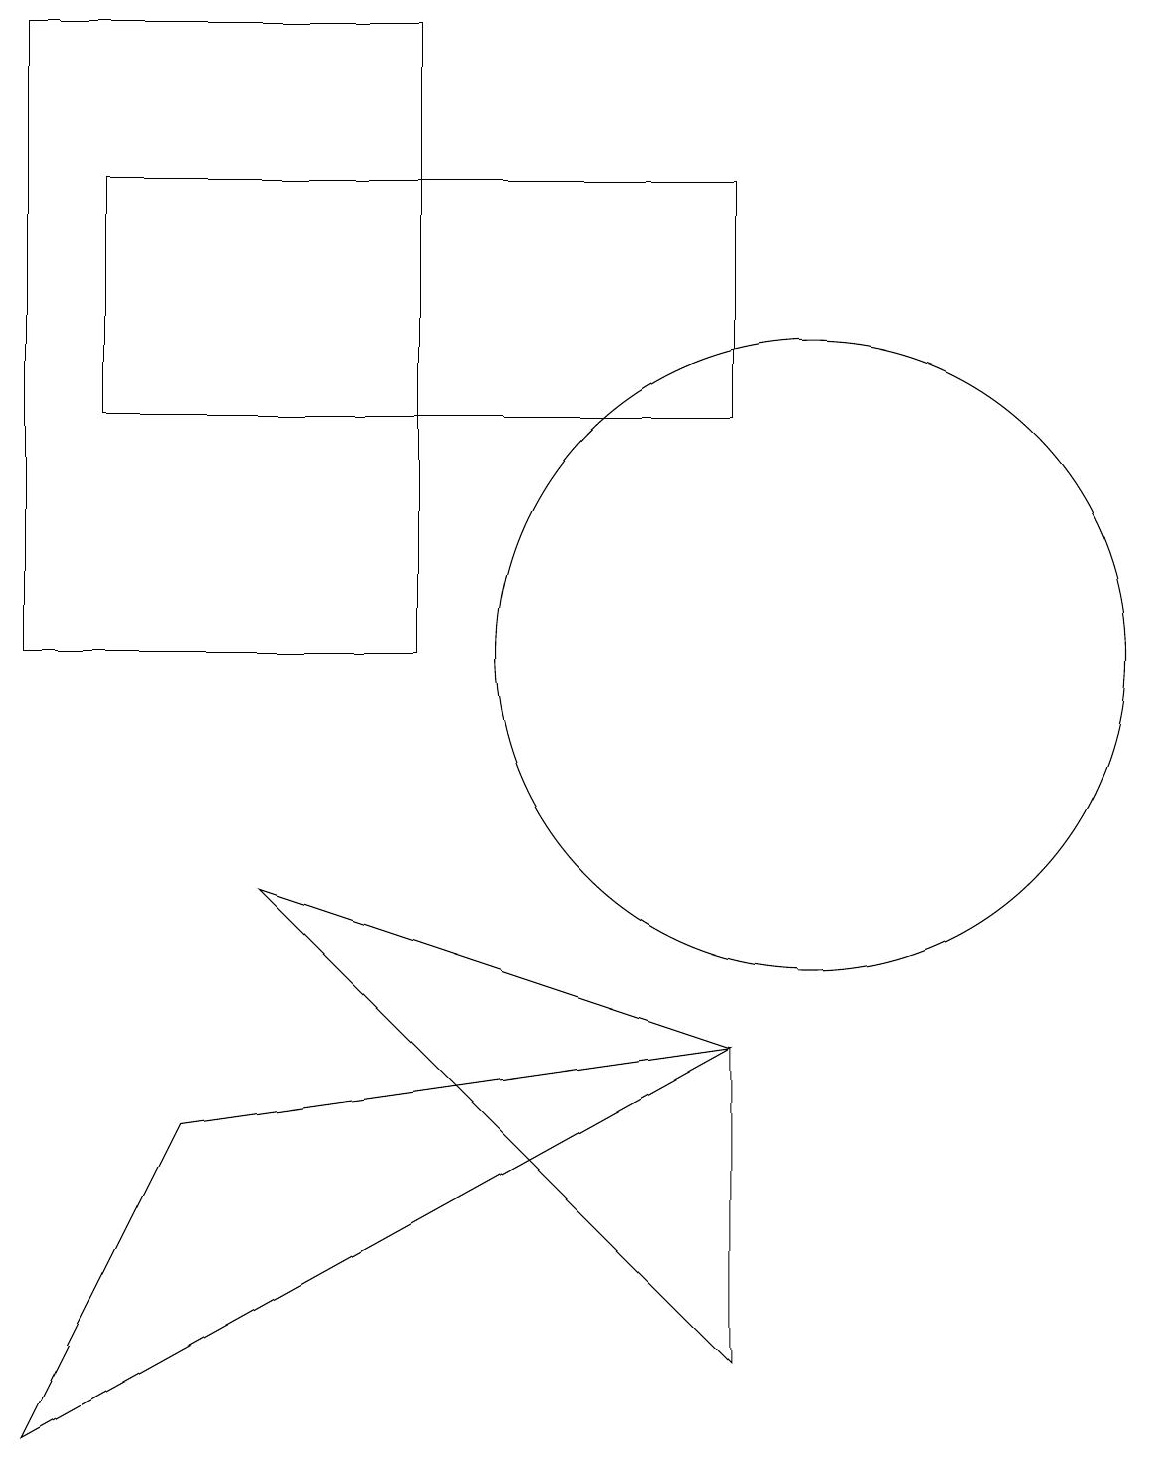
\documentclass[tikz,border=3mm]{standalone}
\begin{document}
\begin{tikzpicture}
\draw (9,13) rectangle (1,16);
\draw (0,10) rectangle (5,18);
\draw (9,1) -- (3,7) -- (9,5) -- cycle;
\draw (10,10) circle (4);
\draw (9,5) -- (0,0) -- (2,4) -- cycle;
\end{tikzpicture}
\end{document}